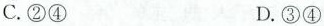
C.②④ D.③④